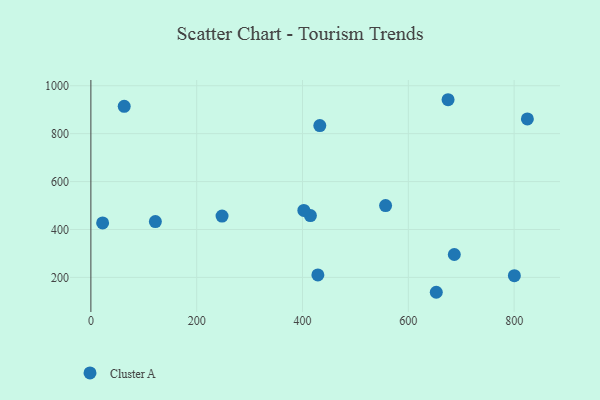
{"axis": {"x": "Investment", "y": "Profit"}, "legend": ["Cluster A"], "data": [{"x": "675.1", "y": 941.6, "type": "Cluster A"}, {"x": "63.0", "y": 914.2, "type": "Cluster A"}, {"x": "800.4", "y": 207.4, "type": "Cluster A"}, {"x": "22.2", "y": 427.3, "type": "Cluster A"}, {"x": "432.7", "y": 833.9, "type": "Cluster A"}, {"x": "429.0", "y": 210.6, "type": "Cluster A"}, {"x": "247.9", "y": 456.0, "type": "Cluster A"}, {"x": "652.8", "y": 138.0, "type": "Cluster A"}, {"x": "414.9", "y": 458.1, "type": "Cluster A"}, {"x": "825.0", "y": 861.4, "type": "Cluster A"}, {"x": "557.0", "y": 499.7, "type": "Cluster A"}, {"x": "402.5", "y": 479.4, "type": "Cluster A"}, {"x": "686.9", "y": 295.6, "type": "Cluster A"}, {"x": "121.9", "y": 433.2, "type": "Cluster A"}]}